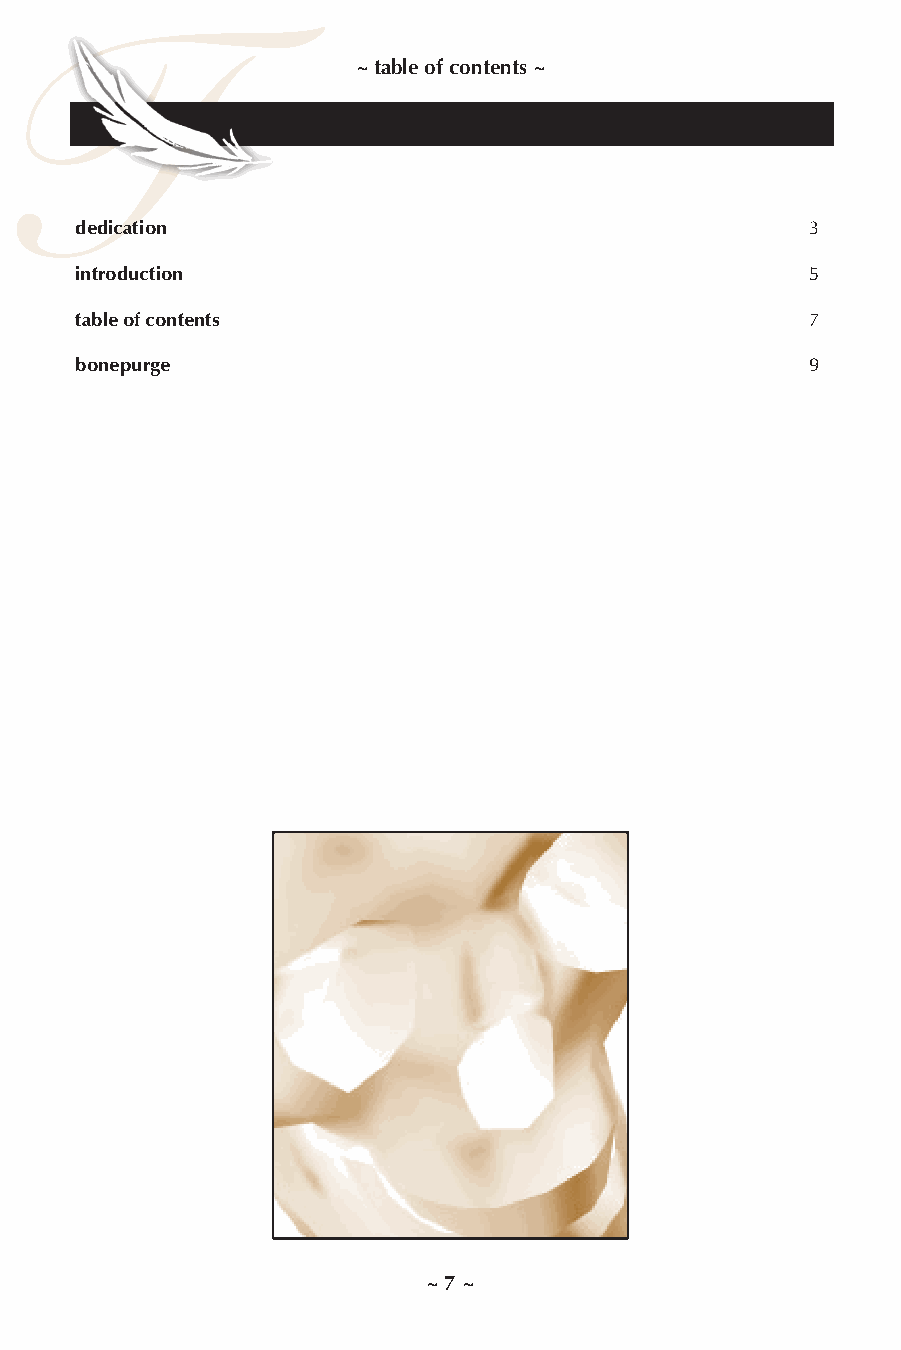
T
 ~ table of contents ~
 dedication                                       3
 introduction                                     5
 table of contents                                7
 bonepurge                                        9
 ~ 7 ~